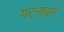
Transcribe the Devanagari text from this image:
गटनबर्ग